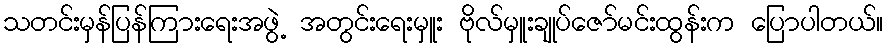
သတင်းမှန်ပြန်ကြားရေးအဖွဲ့ အတွင်းရေးမှူး ဗိုလ်မှူးချုပ်ဇော်မင်းထွန်းက ပြောပါတယ်။